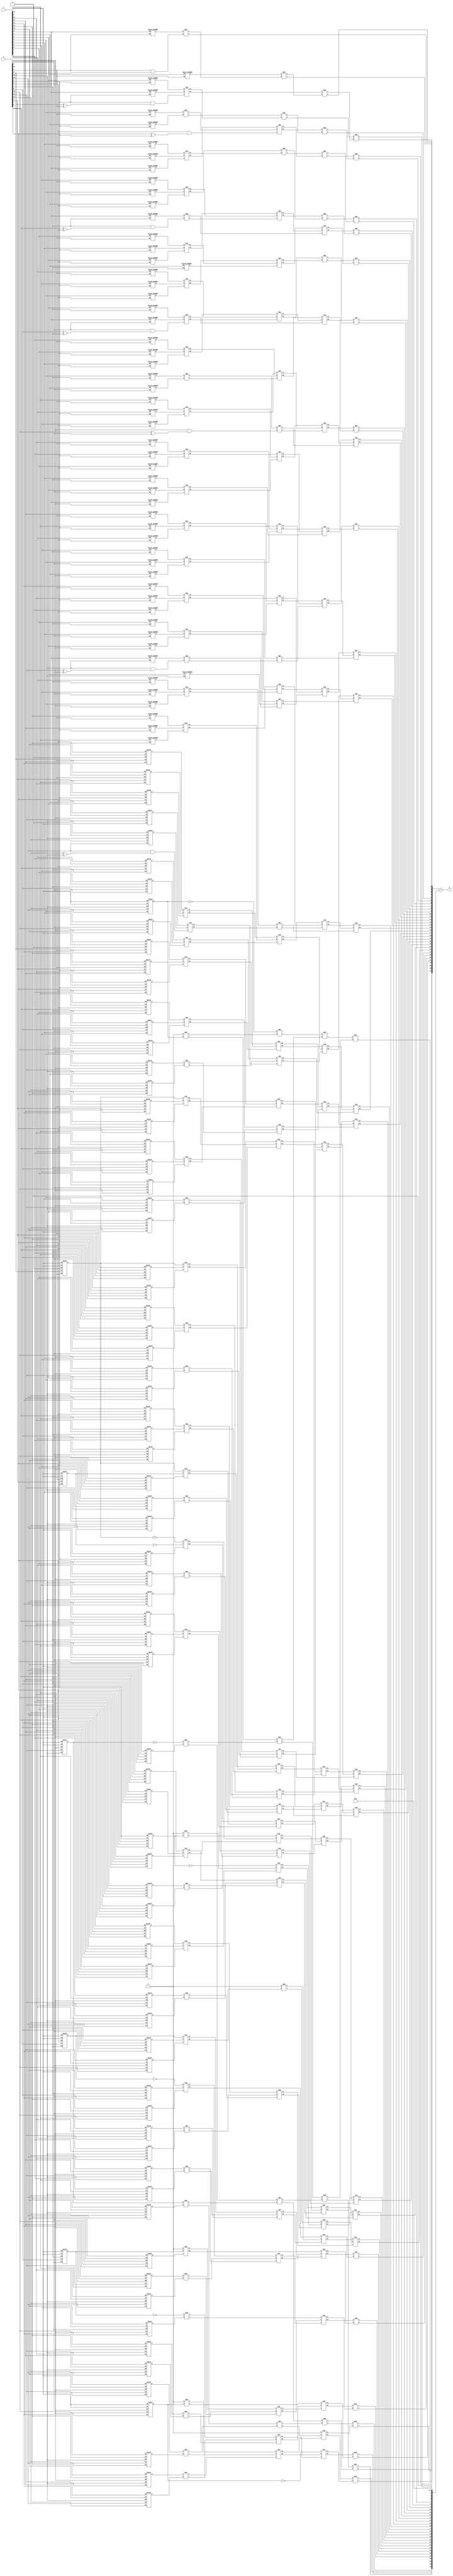
`timescale 1ns / 1ps

module R4ABM2p14( x,y,p);
// inputs
// y multiplicand
// x multipland 
input [15:0] x,y;
// output
output [31:0] p;
wire [7:0] sign_factor;


// first pp generation 
wire [16:0] p1;
assign sign_factor[0] = y[1] & y[0];
// inexact
genvar i;
generate
	for ( i = 0; i < 14; i = i+1 )
		begin : pp_first 
		booth_R4ABM2 pp_pr(x[i],y[1],p1[i]);
		end
endgenerate


// exact
genvar i0;
generate
	for ( i0 = 14; i0 < 16; i0 = i0+1 )
		begin : pp_first_exact 
		booth pp_pr(x[i0],x[i0-1],y[1],y[0],1'b0,p1[i0]);
		end
endgenerate

booth last_pp0(x[15],x[15],y[1],y[0],1'b0,p1[16]);


// second
wire [16:0] p2;
assign sign_factor[1] = y[3] & (y[2] ^ y[1]);

// inexact
genvar i1;
generate
	for ( i1 = 0; i1 < 12; i1 = i1+1 )
		begin : pp_second 
		booth_R4ABM2 pp_pr(x[i1],y[3],p2[i1]);
		end
endgenerate

// exact
genvar i10;
generate
	for ( i10 = 12; i10 < 16; i10 = i10+1 )
		begin : pp_second_exact 
		booth pp_pr(x[i10],x[i10-1],y[3],y[2],y[1],p2[i10]);
		end
endgenerate

booth last_pp1(x[15],x[15],y[3],y[2],y[1],p2[16]);


// third
wire [16:0] p3;

assign sign_factor[2] = y[5] & (y[4] ^ y[3]);

// inexact
genvar i2;
generate
	for ( i2 = 0; i2 < 10; i2 = i2+1 )
		begin : pp_third 
		booth_R4ABM2 pp_pr(x[i2],y[5],p3[i2]);
		end
endgenerate

// exact
genvar j21;
generate
	for ( j21 = 10; j21 < 16; j21 = j21+1 )
		begin : pp_third_exact 
		booth pp_pr(x[j21],x[j21-1],y[5],y[4],y[3],p3[j21]);
		end
endgenerate

booth last_pp2(x[15],x[15],y[5],y[4],y[3],p3[16]);





// fourth
wire [16:0] p4;
assign sign_factor[3] = y[7] & (y[6] ^ y[5]);

// inexact
genvar i3;
generate
	for ( i3 = 0; i3 < 8; i3 = i3+1 )
		begin : pp_fourth 
		booth_R4ABM2 pp_pr(x[i3],y[7],p4[i3]);
		end
endgenerate

// exact
genvar j3;
generate
	for ( j3 = 8; j3 < 16; j3 = j3+1 )
		begin : pp_fourth_exact 
		booth pp_pr(x[j3],x[j3-1],y[7],y[6],y[5],p4[j3]);
		end
endgenerate

booth last_pp3(x[15],x[15],y[7],y[6],y[5],p4[16]);


// fifth
wire [16:0] p5;
assign sign_factor[4] = y[9] & (y[8] ^ y[7]);

// inexact
genvar i4;
generate
	for ( i4 = 0; i4 < 6; i4 = i4+1 )
		begin : pp_fifth 
		booth_R4ABM2 pp_pr(x[i4],y[9],p5[i4]);
		end
endgenerate

// exact
genvar j4;
generate
	for ( j4 = 6; j4 < 16; j4 = j4+1 )
		begin : pp_fifth_exact 
		booth pp_pr(x[j4],x[j4-1],y[9],y[8],y[7],p5[j4]);
		end
endgenerate

booth last_pp4(x[15],x[15],y[9],y[8],y[7],p5[16]);

// sixt
wire [16:0] p6;
assign sign_factor[5] = y[11] & (y[10] ^ y[9]);

// inexact
genvar i5;
generate
	for ( i5 = 0; i5 < 4; i5 = i5+1 )
		begin : pp_sixt
		booth_R4ABM2 pp_pr(x[i5],y[11],p6[i5]);
		end
endgenerate

// exact
genvar j5;
generate
	for ( j5 = 4; j5 < 16; j5 = j5+1 )
		begin : pp_sixt_exact 
		booth pp_pr(x[j5],x[j5-1],y[11],y[10],y[9],p6[j5]);
		end
endgenerate

booth last_pp5(x[15],x[15],y[11],y[10],y[9],p6[16]);

// seven
wire [16:0] p7;
assign sign_factor[6] = y[13] & (y[12] ^ y[11]);

// inexact
genvar i6;
generate
	for ( i6 = 0; i6 < 2; i6 = i6+1 )
		begin : pp_seven
		booth_R4ABM2 pp_pr(x[i6],y[13],p7[i6]);
		end
endgenerate

// exact
genvar j6;
generate
	for ( j6 = 2; j6 < 16; j6 = j6+1 )
		begin : pp_seven_exact 
		booth pp_pr(x[j6],x[j6-1],y[13],y[12],y[11],p7[j6]);
		end
endgenerate

booth last_pp6(x[15],x[15],y[13],y[12],y[11],p7[16]);

// eight
wire [16:0] p8;
assign sign_factor[7] = y[15] & (y[14] ^ y[13]);



/*
// inexact
genvar i6;
generate
	for ( i6 = 0; i6 < 2; i6 = i6+1 )
		begin : pp_seven
		booth_R4ABM1 pp_pr(x[i6],y[13],y[12],y[11],p7[i6]);
		end
endgenerate
*/

booth first_pp6(x[15],1'b0,y[15],y[14],y[13],p8[0]);
// exact
genvar j7;
generate
	for ( j7 = 1; j7 < 16; j7 = j7+1 )
		begin : pp_eight_exact 
		booth pp_pr(x[j7],x[j7-1],y[15],y[14],y[13],p8[j7]);
		end
endgenerate

booth last_pp7(x[15],x[15],y[15],y[14],y[13],p8[16]);



// Invert MSB
wire [7:0] E_MSB;
wire E_MSB0_neg;
/*
xnor xn1(E_MSB[0],p1[16],x[15]);
xnor xn2(E_MSB[1],p2[16],x[15]);
xnor xn3(E_MSB[2],p3[16],x[15]);
xnor xn4(E_MSB[3],p4[16],x[15]);
xnor xn5(E_MSB[4],p5[16],x[15]);
xnor xn6(E_MSB[5],p6[16],x[15]);
xnor xn7(E_MSB[6],p7[16],x[15]);
xnor xn8(E_MSB[7],p8[16],x[15]);
*/
not xn1(E_MSB[0],p1[16]);
not xn2(E_MSB[1],p2[16]);
not xn3(E_MSB[2],p3[16]);
not xn4(E_MSB[3],p4[16]);
not xn5(E_MSB[4],p5[16]);
not xn6(E_MSB[5],p6[16]);
not xn7(E_MSB[6],p7[16]);
not xn8(E_MSB[7],p8[16]);


not n1(E_MSB0_neg,E_MSB[0]);


// Sign_factors generate




// first reduction 

	// First group

wire [16:0] sum00_FA;
wire [16:0] carry00_FA;
wire [2:0] sum00_HA;
wire [2:0] carry00_HA;

wire [2:0] tmp001_HA;
wire [2:0] tmp002_HA;

assign tmp001_HA = {1'b1,p1[3],p1[0]};
assign tmp002_HA = {p3[16],p2[1],sign_factor[0]};

genvar i000;
generate
	for (i000 = 0; i000 < 3; i000 = i000 + 1)
		begin : pp_had000
		HAd pp_had(tmp001_HA[i000],tmp002_HA[i000],carry00_HA[i000],sum00_HA[i000]);
		end
endgenerate

wire [16:0] tmp001_FA;
wire [16:0] tmp002_FA;
wire [16:0] tmp003_FA;

assign tmp001_FA = {E_MSB[0],E_MSB0_neg,E_MSB0_neg, p1[16:4],p1[2]};
assign tmp002_FA = {E_MSB[1],p2[16:2],p2[0]};
assign tmp003_FA = {p3[16:0],sign_factor[1]};

genvar i001;
generate
	for (i001 = 0; i001 < 17; i001 = i001 + 1)
		begin : pp_fad00
		FAd pp_fad(tmp001_FA[i001],tmp002_FA[i001], tmp003_FA[i001], carry00_FA[i001],sum00_FA[i001]);
		end
endgenerate

// Second group

wire [15:0] sum01_FA;
wire [15:0] carry01_FA;
wire [3:0] sum01_HA;
wire [3:0] carry01_HA;

wire [3:0] tmp011_HA;
wire [3:0] tmp012_HA;

assign tmp011_HA = {1'b1,E_MSB[4],p4[3],p4[0]};
assign tmp012_HA = {p6[16:15],p5[1],sign_factor[3]};

genvar i010;
generate
	for (i010 = 0; i010 < 4; i010 = i010 + 1)
		begin : pp_had01
		HAd pp_had(tmp011_HA[i010],tmp012_HA[i010],carry01_HA[i010],sum01_HA[i010]);
		end
endgenerate

wire [15:0] tmp011_FA;
wire [15:0] tmp012_FA;
wire [15:0] tmp013_FA;

assign tmp011_FA = {1'b1,E_MSB[3],p4[16:4],p4[2]};
assign tmp012_FA = {p5[16:2],p5[0]};
assign tmp013_FA = {p6[14:0],sign_factor[4]};

genvar i011;
generate
	for (i011 = 0; i011 < 16; i011 = i011 + 1)
		begin : pp_fad01
		FAd pp_fad(tmp011_FA[i011],tmp012_FA[i011], tmp013_FA[i011], carry01_FA[i011],sum01_FA[i011]);
		end
endgenerate


	// Third group

wire  sum02_FA;
wire  carry02_FA;
wire [16:0] sum02_HA;
wire [16:0] carry02_HA;



FAd f020(p7[2],p8[0],sign_factor[7],carry02_FA,sum02_FA);

wire [16:0] tmp021_HA;
wire [16:0] tmp022_HA;

assign tmp021_HA = {1'b1,E_MSB[6],p7[16:3],p7[0]};
assign tmp022_HA = {p8[16:1],sign_factor[6]};

genvar i020;
generate
	for (i020 = 0; i020  < 17; i020  = i020  + 1)
		begin : pp_had02
		HAd pp_had(tmp021_HA[i020],tmp022_HA[i020],carry02_HA[i020],sum02_HA[i020]);
		end
endgenerate


// Second reduction 

	//First group 

wire [16:0] sum10_FA;
wire [16:0] carry10_FA;
wire [3:0] sum10_HA;
wire [3:0] carry10_HA;

HAd h100(p1[1],carry00_HA[0],carry10_HA[0],sum10_HA[0]);
HAd h101(sum00_HA[1],carry00_FA[0],carry10_HA[1],sum10_HA[1]);
HAd h102(sum00_FA[2],carry00_FA[1],carry10_HA[2],sum10_HA[2]);
HAd h103(1'b1,sum01_FA[13],carry10_HA[3],sum10_HA[3]);

wire[16:0] tmp100;
wire[16:0] tmp101;
wire[16:0] tmp102;

assign tmp100 = { E_MSB[2],sum00_HA[2],sum00_FA[16:3],sum00_FA[1]};
assign tmp101 = {carry00_HA[2],carry00_FA[16:2],carry00_HA[1]};
assign tmp102 = {sum01_FA[12:1],sum01_HA[1],sum01_FA[0],p4[1],sum01_HA[0],sign_factor[2]};

genvar i11;
generate
	for(i11 = 0; i11 < 17; i11 = i11 +1 )
		begin : pp_fad10
		FAd pp_fad(tmp100[i11],tmp101[i11],tmp102[i11],carry10_FA[i11],sum10_FA[i11]);
		end
endgenerate


   // Second group 

wire [13:0] sum11_FA;
wire [13:0] carry11_FA;
wire [6:0] sum11_HA;
wire [6:0] carry11_HA;   

wire[6:0] tmp100_HA;
wire[6:0] tmp101_HA;

assign tmp100_HA = {E_MSB[7],sum02_HA[16:14],carry01_FA[4],carry01_FA[2],carry01_HA[1]};
assign tmp101_HA = {carry02_HA[16:13],sum02_FA,sum02_HA[0],sign_factor[5]};

genvar i12;
generate
	for(i12 = 0; i12 < 7; i12 = i12 +1 )
		begin : pp_had11
		HAd pp_had(tmp100_HA[i12],tmp101_HA[i12],carry11_HA[i12],sum11_HA[i12]);
		end
endgenerate

wire[13:0] tmp110_FA;
wire[13:0] tmp111_FA;
wire[13:0] tmp112_FA;

assign tmp110_FA = {carry01_HA[3:2],carry01_FA[15:5],carry01_FA[3]};
assign tmp111_FA = {sum02_HA[13:1],p7[1]};
assign tmp112_FA = {carry02_HA[12:1],carry02_FA,carry02_HA[0]};

genvar i13;
generate
	for(i13 = 0; i13 < 14; i13 = i13 +1 )
		begin : pp_fad12
		FAd pp_fad(tmp110_FA[i13],tmp111_FA[i13],tmp112_FA[i13],carry11_FA[i13],sum11_FA[i13]);
		end
endgenerate

// Third reduction 

wire [20:0] sum20_FA;
wire [20:0] carry20_FA;
wire [7:0] sum20_HA;
wire [7:0] carry20_HA; 

wire[7:0] tmp200_HA;
wire[7:0] tmp201_HA;

assign tmp200_HA = {sum11_HA[6:4],sum10_FA[3],sum10_FA[1],sum10_HA[2],sum10_FA[0],sum00_FA[0]};
assign tmp201_HA = {carry11_HA[5:3],carry10_FA[2],carry10_HA[2],carry10_FA[0],carry10_HA[1],carry10_HA[0]};

genvar i20;
generate
	for(i20 = 0; i20 < 8; i20 = i20 +1 )
		begin : pp_had20 
		HAd pp_had(tmp200_HA[i20],tmp201_HA[i20],carry20_HA[i20],sum20_HA[i20]);
		end
endgenerate

wire[20:0] tmp200_FA;
wire[20:0] tmp201_FA;
wire[20:0] tmp202_FA;

assign tmp200_FA = {1'b1,E_MSB[5],sum01_HA[3:2],sum01_FA[15:14],sum10_HA[3],sum10_FA[16:4],sum10_FA[2]};
assign tmp201_FA = {sum11_HA[3],sum11_FA[13:10],carry10_HA[3],carry10_FA[16:3],carry10_FA[1]};
assign tmp202_FA = {carry11_FA[13:9],sum11_FA[9:1],sum11_HA[2],sum11_FA[0],sum11_HA[1],carry01_FA[1],sum11_HA[0],carry01_FA[0],carry01_HA[0]};

genvar i21;
generate
	for(i21 = 0; i21 < 21; i21 = i21 +1 )
		begin : pp_fad20
		FAd pp_fad(tmp200_FA[i21],tmp201_FA[i21],tmp202_FA[i21],carry20_FA[i21],sum20_FA[i21]);
		end
endgenerate




// Fourth reduction

wire [11:0] sum30_FA;
wire [11:0] carry30_FA;
wire [16:0] sum30_HA;
wire [16:0] carry30_HA; 

wire[16:0] tmp300_HA;
wire[16:0] tmp301_HA;

assign tmp300_HA = {carry11_HA[6],sum20_HA[7:5] ,sum20_FA[20:16],sum20_FA[4],sum20_FA[2:1],sum20_HA[4],sum20_FA[0],sum20_HA[3:2],sum10_HA[1]};
assign tmp301_HA = {carry20_HA[7:5],carry20_FA[20:15],carry20_FA[3],carry20_FA[1],carry20_HA[4],carry20_FA[0],carry20_HA[3:0]};

genvar i30;
generate
	for(i30 = 0; i30 < 17; i30 = i30 +1 )
		begin : pp_had30
		HAd pp_had(tmp300_HA[i30],tmp301_HA[i30],carry30_HA[i30],sum30_HA[i30]);
		end
endgenerate

wire[11:0] tmp300_FA;
wire[11:0] tmp301_FA;
wire[11:0] tmp302_FA;

assign tmp300_FA = {sum20_FA[15:5],sum20_FA[3]};
assign tmp301_FA = {carry20_FA[14:4],carry20_FA[2]};
assign tmp302_FA = {carry11_FA[8:1],carry11_HA[2],carry11_FA[0],carry11_HA[1:0]};


genvar i31;
generate
	for(i31 = 0; i31 < 12; i31 = i31 +1 )
		begin : pp_fad31
		FAd pp_fad(tmp300_FA[i31],tmp301_FA[i31], tmp302_FA[i31], carry30_FA[i31],sum30_FA[i31]);
		end
endgenerate


// Final CLA

wire [31:0] tmp_ADD1;
wire [31:0] tmp_ADD2;

assign tmp_ADD1 = {sum30_HA[15:8],sum30_FA[11:1],sum30_HA[7],sum30_FA[0],sum30_HA[6:1],sum20_HA[1],sum30_HA[0],sum20_HA[0],sum10_HA[0],sum00_HA[0]}; 
assign tmp_ADD2 = {carry30_HA[14:8],carry30_FA[11:1],carry30_HA[7],carry30_FA[0],carry30_HA[6:1],1'b0,carry30_HA[0],4'b0}; 


// Product
assign p = tmp_ADD1 + tmp_ADD2;

endmodule


// generation of codes



// calculate correction vector




//generation of inner products

module booth(a1,a0,b2,b1,b0,p);
	input a1,a0,b2,b1,b0;
	output p;
    wire [1:0] k;
    assign k[0] = (b1 ^ b0) & (b2 ^ a1);
    assign k[1] = (~(b1 ^ b0)) & (b2 ^ b1) & (b2 ^ a0);
    assign p = k[0] | k[1];
endmodule

module booth_R4ABM2(a0,b2,p);
	input a0,b2;
	output p;
    assign p = b2 ^ a0;
endmodule

//sign_factor generate


//adders design
module HAd(a,b,c,s);
	input a,b;
	output c,s;
	xor x1(s,a,b);
	and a1(c,a,b);
endmodule

module FAd(a,b,c,cy,sm);
	input a,b,c;
	output cy,sm;
	wire x,y,z;
	xor x1(x,a,b);
	xor x2(sm,x,c);
	and a1(y,a,b);
	and a2(z,x,c);
	or o1(cy,y,z);
endmodule



module FA(a,b,c,cy,sm);
	input a,b,c;
	output cy,sm;
	wire x,y,z;
	xor x1(x,a,b);
	xor x2(sm,x,c);
	and a1(y,a,b);
	and a2(z,x,c);
	or o1(cy,y,z);
endmodule

module carry_lookahead_adder
  #(parameter WIDTH = 16)
  (
   input [WIDTH-1:0] i_add1,
   input [WIDTH-1:0] i_add2,
   output [WIDTH:0]  o_result
   );
     
  wire [WIDTH:0]     w_C;
  wire [WIDTH-1:0]   w_G, w_P, w_SUM;
 
  // Create the Full Adders
  genvar  ii;
  generate
    for (ii=0; ii<WIDTH; ii=ii+1) 
      begin
        FA full_adder_inst
            ( 
              .a(i_add1[ii]),
              .b(i_add2[ii]),
              .c(w_C[ii]),
              .sm(w_SUM[ii]),
              .cy()
              );
      end
  endgenerate
 
  // Create the Generate (G) Terms:  Gi=Ai*Bi
  // Create the Propagate Terms: Pi=Ai+Bi
  // Create the Carry Terms:
  genvar             jj;
  generate
    for (jj=0; jj<WIDTH; jj=jj+1) 
      begin
        assign w_G[jj]   = i_add1[jj] & i_add2[jj];
        assign w_P[jj]   = i_add1[jj] | i_add2[jj];
        assign w_C[jj+1] = w_G[jj] | (w_P[jj] & w_C[jj]);
      end
  endgenerate
   
  assign w_C[0] = 1'b0; // no carry input on first adder
 
  assign o_result = {w_C[WIDTH], w_SUM};   // Verilog Concatenation
 
endmodule // carry_lookahead_adder